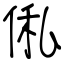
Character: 俬